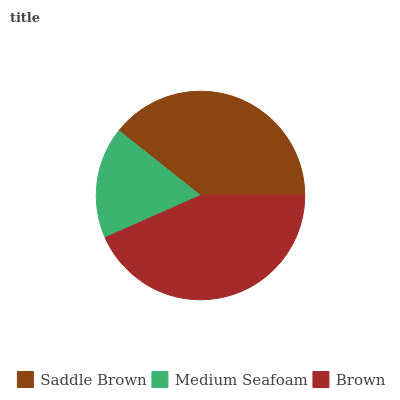
| Saddle Brown | Medium Seafoam | Brown |
 | --- | --- | --- |
 | 39.3% | 17.3% | 43.4% |